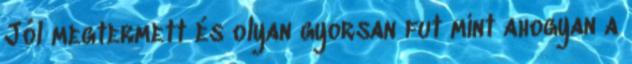
Jól megtermett és olyan gyorsan fut mint ahogyan a